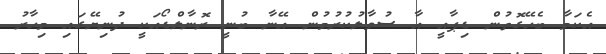
އެކަމާ ބެހޭގޮތުން ޑިޕާއީ އާ ސުވާލުކުރުމުން އޭނާ ބުނީ ރޮނާލްޑޯއަކީ ދުނިޔޭގައި މިހާރު